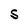
Character: S